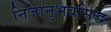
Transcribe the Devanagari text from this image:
निजानुभवसिद्ध